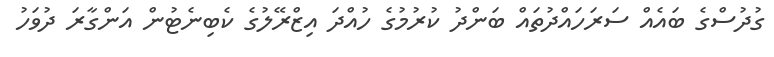
ގުދުސްގެ ބައެެއް ސަރަހައްދުތައް ބަންދު ކުރުމުގެ ހުއްދަ އިޒްރޭލުގެ ކެބިނެޓުން އަންގާރަ ދުވަހު